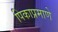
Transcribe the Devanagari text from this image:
पिकाप्रमाणे